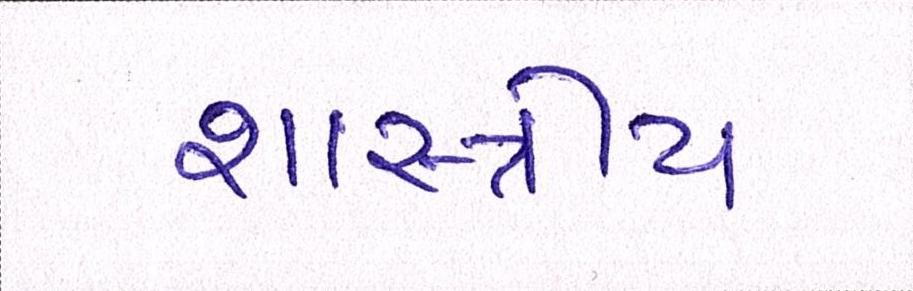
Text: શાસ્ત્રીય